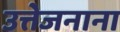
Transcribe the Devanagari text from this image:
उत्तेजनाना